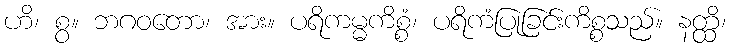
ဟိ၊ စွ။ ဘဂဝတော၊ အား။ ပရိကမ္မကိစ္စံ၊ ပရိကံပြုခြင်းကိစ္စသည်။ နတ္ထိ၊